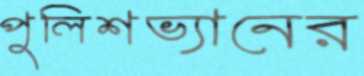
পুলিশভ্যানের